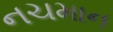
નચમાન